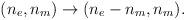
LaTeX: \begin{align*}(n_{e},n_{m}) \rightarrow (n_{e}-n_{m},n_{m}).\end{align*}